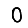
Digit: 0